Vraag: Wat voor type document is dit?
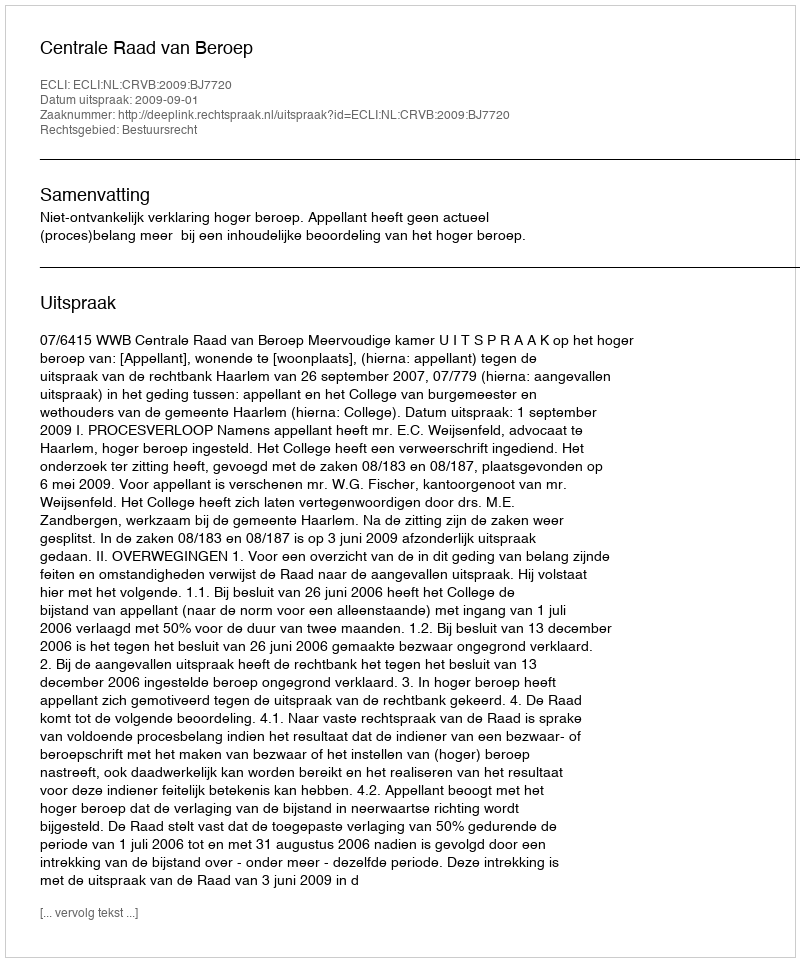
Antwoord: Uitspraak